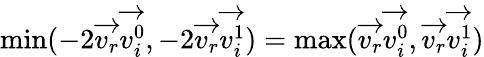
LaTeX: \, \! \operatorname*{min}(-2{\overrightarrow{v_{r}}}{\overrightarrow{v_{i}^{0}}},-2{\overrightarrow{v_{r}}}{\overrightarrow{v_{i}^{1}}})=\operatorname*{max}({\overrightarrow{v_{r}}}{\overrightarrow{v_{i}^{0}}},{\overrightarrow{v_{r}}}{\overrightarrow{v_{i}^{1}}})